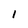
Character: 1